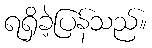
ရရှိခဲ့ပြန်သည်။